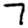
Digit: 7